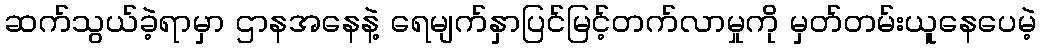
ဆက်သွယ်ခဲ့ရာမှာ ဌာနအနေနဲ့ ရေမျက်နှာပြင်မြင့်တက်လာမှုကို မှတ်တမ်းယူနေပေမဲ့